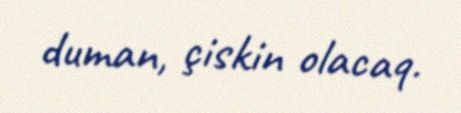
duman, çiskin olacaq.